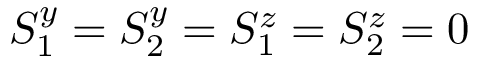
S _ { 1 } ^ { y } = S _ { 2 } ^ { y } = S _ { 1 } ^ { z } = S _ { 2 } ^ { z } = 0